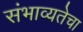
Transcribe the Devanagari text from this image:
संभाव्यतेचा